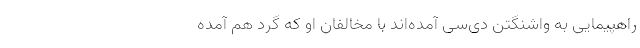
راهپیمایی به واشنگتن دی‌سی آمده‌اند با مخالفان او که گرد هم آمده